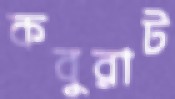
কবুরাট